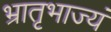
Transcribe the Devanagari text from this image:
भ्रातृभाज्यं